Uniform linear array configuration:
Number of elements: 64
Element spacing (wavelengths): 1
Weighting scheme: uniform
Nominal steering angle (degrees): -15
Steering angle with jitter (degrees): -15.483
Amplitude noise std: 0.05
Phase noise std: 0.05

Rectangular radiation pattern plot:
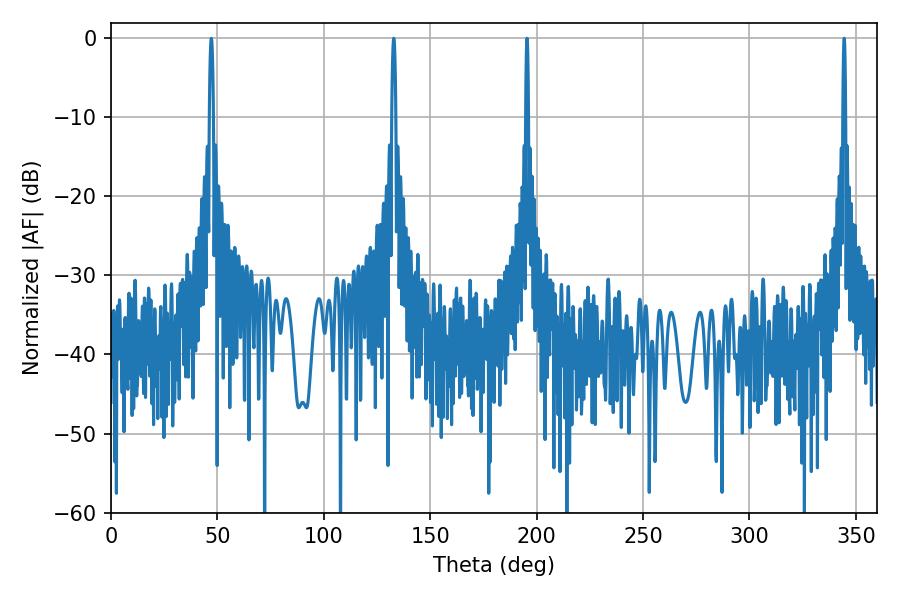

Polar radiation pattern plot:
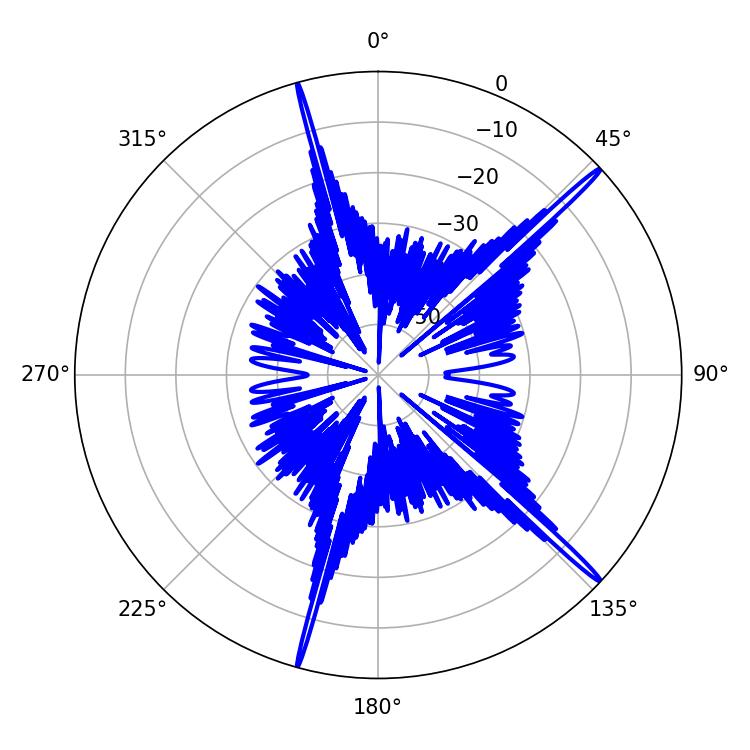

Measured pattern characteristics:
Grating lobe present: TRUE
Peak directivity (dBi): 19.038
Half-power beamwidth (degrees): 0.72
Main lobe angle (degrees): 344.52